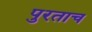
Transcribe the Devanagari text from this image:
पुरताच